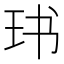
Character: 𱮵